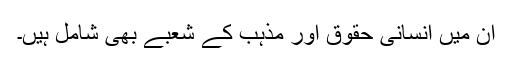
ان میں انسانی حقوق اور مذہب کے شعبے بھی شامل ہیں۔